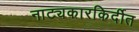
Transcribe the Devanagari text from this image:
नाट्यकारकिर्दीत